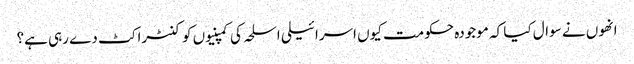
انھوں نے سوال کیا کہ موجودہ حکومت کیوں اسرائیلی اسلحہ کی کمپنیوں کو کنٹراکٹ دے رہی ہے؟